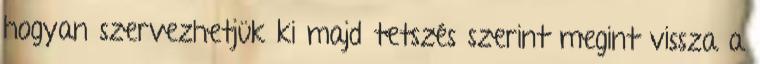
hogyan szervezhetjük ki majd tetszés szerint megint vissza a